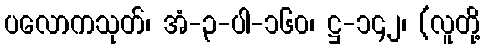
ပလောကသုတ်၊ အံ-၃-ပါ-၁၆၀၊ ဋ္ဌ-၁၄၂၊ (လူတို့